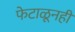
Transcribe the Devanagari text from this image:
फेटाळूनही